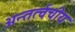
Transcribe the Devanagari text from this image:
अन्तर्त्वचीय